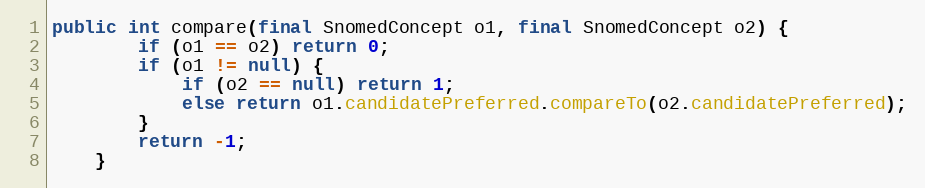
Language: Java
public int compare(final SnomedConcept o1, final SnomedConcept o2) {
        if (o1 == o2) return 0;
        if (o1 != null) {
            if (o2 == null) return 1;
            else return o1.candidatePreferred.compareTo(o2.candidatePreferred);
        }
        return -1;
    }